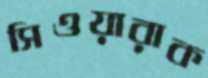
সিওয়ারাক